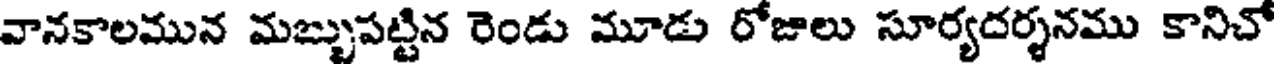
వానకాలమున మబ్బుపట్టిన రెండు మూడు రోజులు సూర్యదర్శనము కానిచో